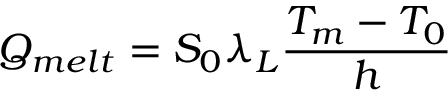
Q _ { m e l t } = S _ { 0 } \lambda _ { L } \frac { T _ { m } - T _ { 0 } } { h }